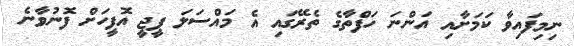
ނިމިފައިވާ ކަމަށާއި އަންނަ ހަފްތާގެ ތެރޭގައި އެ މައްސަލަ ޕީޖީ އޮފީހަށް ފޮނުވާނެ